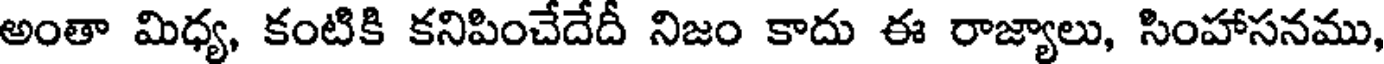
అంతా మిధ్య, కంటికి కనిపించేదేదీ నిజం కాదు ఈ రాజ్యాలు, సింహాసనము,